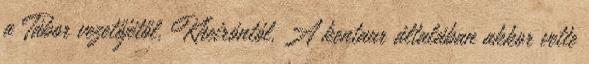
a Tábor vezetőjétől, Kheiróntól. A kentaur általában akkor vette